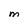
Character: M